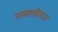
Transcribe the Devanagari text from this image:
वरसालीगंज